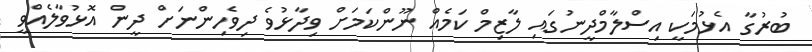
ބުރުގާ އެޅުމަކީ އިސްލާމްދީނުގައި ލާޒިމް ކަމެއް ނޫންކަމަށް ވިދާޅުވެ ދިވެހިންނަށް ދީން އޮޅުވާލެއްވީ